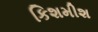
કિશમીશ